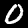
Digit: 0